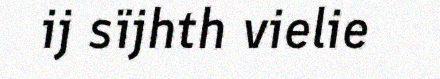
ij sïjhth vielie